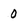
Character: 0